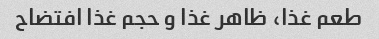
طعم غذا، ظاهر غذا و حجم غذا افتضاح